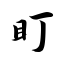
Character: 盯